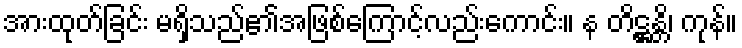
အားထုတ်ခြင်း မရှိသည်၏အဖြစ်ကြောင့်လည်းကောင်း။ န တိဋ္ဌန္တိ၊ ကုန်။